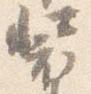
装